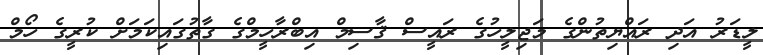
ލީޑަރު އަދި ރައްޔިތުންގެ މަޖިލީހުގެ ރައީސް ޤާސިމް އިބްރާހީމްގެ ގާތުގައިކަމަށް ކުރީގެ ހޯމް